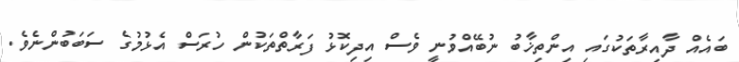
ބައެއް ދާއިރާތަކުގައި އިންތިޚާބު ނުބޭއްވުނީ ވެސް އިދިކޮޅު ފަރާތްތަކުން ހުރަސް އެޅުމުގެ ސަބަބުންނެވެ.